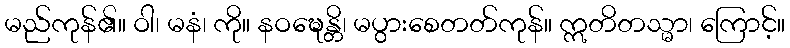
မည်ကုန်၏။ ဝါ၊ မနံ၊ ကို။ နဝဍ္ဎေန္တိ၊ မပွားစေတတ်ကုန်။ ဣတိတသ္မာ၊ ကြောင့်။